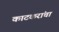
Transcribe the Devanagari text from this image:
काटकरांचा